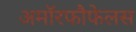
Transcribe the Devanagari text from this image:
अमॉरफौफेलस